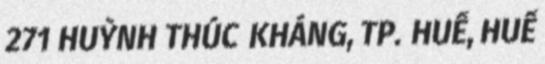
271 HUỲNH THÚC KHÁNG, TP. HUẾ, HUẾ